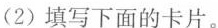
(2)填写下面的卡片。